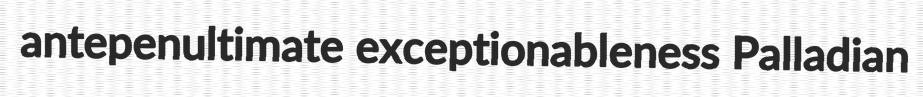
antepenultimate exceptionableness Palladian